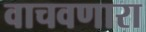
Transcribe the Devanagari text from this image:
वाचवणारा